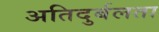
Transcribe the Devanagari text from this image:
अतिदुर्बलता